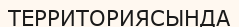
ТЕРРИТОРИЯСЫНДА